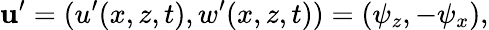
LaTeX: {\textbf{u}}^{\prime}=(u^{\prime}(x,z,t),w^{\prime}(x,z,t))=(\psi_{z},-\psi_{x}),